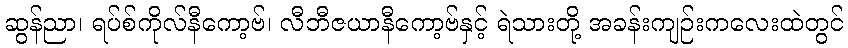
ဆွန်ညာ၊ ရပ်စ်ကိုလ်နီကော့ဗ်၊ လီဘီဇယာနီကော့ဗ်နှင့် ရဲသားတို့ အခန်းကျဉ်းကလေးထဲတွင်